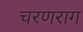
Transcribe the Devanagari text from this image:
चरणराग